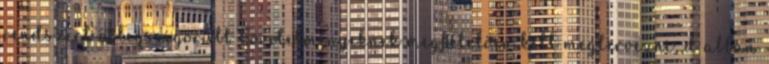
rendszert a legszigorúbb követelményeknek megfelelõen kell megtervezni, d abban